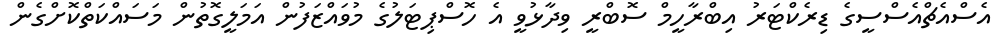
އެސްއެޗްއެސްސީގެ ޑިރެކްޓަރު އިބްރާހީމް ސޮބްރީ ވިދާޅުވީ އެ ހޮސްޕިޓަލުގެ މުވައްޒަފުން އަމަލީގޮތުން މަސައްކަތްކޮށްގެން